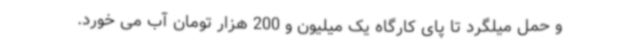
و حمل میلگرد تا پای کارگاه یک میلیون و 200 هزار تومان آب می خورد.